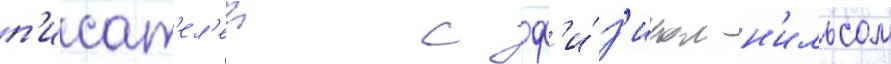
п'исат'ел'еи с ф'и́з'иком н'ильсом